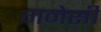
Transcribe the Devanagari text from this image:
गनेसी